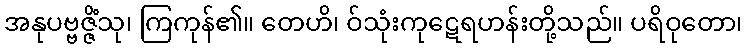
အနုပဗ္ဗဇ္ဇိံသု၊ ကြကုန်၏။ တေဟိ၊ ဝ်သုံးကုဋေရဟန်းတို့သည်။ ပရိဝုတော၊